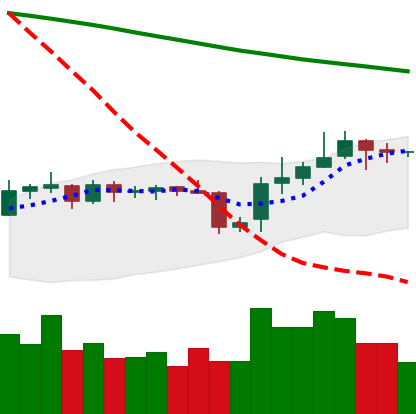
Ticker: BNB-USD
Chart end date: 2019-11-01
Forward return: 3.978%
Label: up_3_5